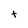
Character: t